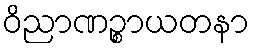
ဝိညာဏဉ္စာယတနာ